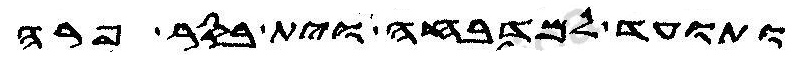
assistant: ותועד למדבחה וית בסר פרה